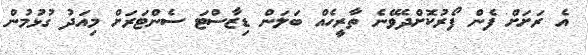
އެ ރަށަށް ފެން ފޯރުކޮށްދެވޭނެ ތާރީހެއް ބަލަން ޑިޒާސްޓަ ސެންޓަރަށް މިއަދު ގުޅުމުން